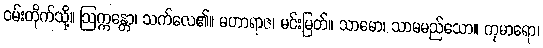
ဝမ်းတိုက်သို့။ ဩက္ကန္တော၊ သက်လေ၏။ မဟာရာဇ၊ မင်းမြတ်။ သာမော၊ သာမမည်သော။ ကုမာရော၊